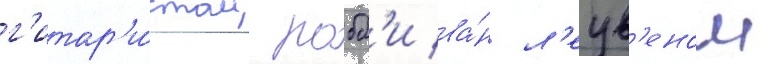
г'итар'и́стом робб'и ва́н л'еув'еном